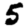
Digit: 5